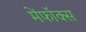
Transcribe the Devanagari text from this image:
मेंफॉक्स